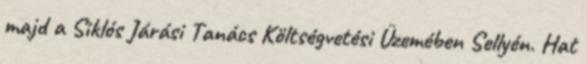
majd a Siklós Járási Tanács Költségvetési Üzemében Sellyén. Hat